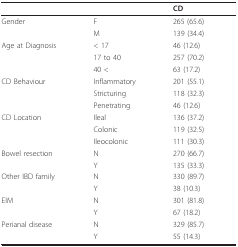
|  |  | CD |
 | --- | --- | --- |
 | Gender | F | 265 (65.6) |
 |  | M | 139 (34.4) |
 | Age at Diagnosis | < 17 | 46 (12.6) |
 |  | 17 to 40 | 257 (70.2) |
 |  | 40 < | 63 (17.2) |
 | CD Behaviour | Inflammatory | 201 (55.1) |
 |  | Stricturing | 118 (32.3) |
 |  | Penetrating | 46 (12.6) |
 | CD Location | Ileal | 136 (37.2) |
 |  | Colonic | 119 (32.5) |
 |  | Ileocolonic | 111 (30.3) |
 | Bowel resection | N | 270 (66.7) |
 |  | Y | 135 (33.3) |
 | Other IBD family | N | 330 (89.7) |
 |  | Y | 38 (10.3) |
 | EIM | N | 301 (81.8) |
 |  | Y | 67 (18.2) |
 | Perianal disease | N | 329 (85.7) |
 |  | Y | 55 (14.3) |